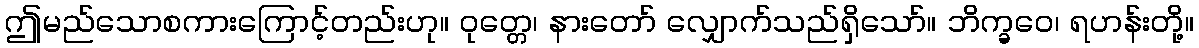
ဤမည်သောစကားကြောင့်တည်းဟု။ ဝုတ္တေ၊ နားတော် လျှောက်သည်ရှိသော်။ ဘိက္ခဝေ၊ ရဟန်းတို့။